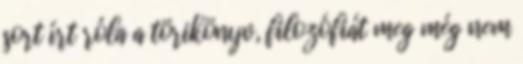
sort írt róla a törikönyv, filozófiát meg még nem